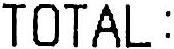
TOTAL: